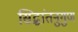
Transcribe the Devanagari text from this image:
सिद्धांतनुगुण